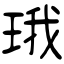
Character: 珴